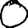
Digit: 0